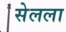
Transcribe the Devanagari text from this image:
सेलला